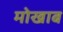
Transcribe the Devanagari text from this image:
मोखाब